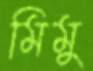
মিমু